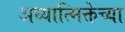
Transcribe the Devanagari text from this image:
अध्यात्मिक्तेच्या